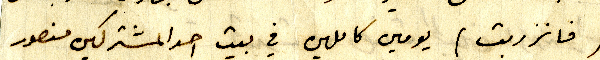
(فانزربت) يومين كاملين في بيت احد المشتركين منصور